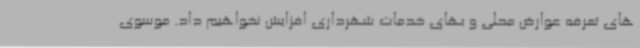
های تعرفه عوارض محلی و بهای خدمات شهرداری افزایش نخواهیم داد. موسوی